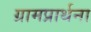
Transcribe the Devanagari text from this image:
ग्रामप्रार्थना